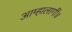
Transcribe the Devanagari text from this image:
आम्हालागीं॥